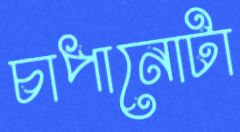
চাপানোটা